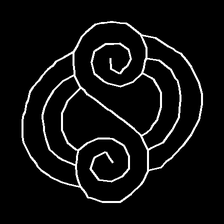
Glyph: wind-underfoot